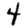
Digit: 4